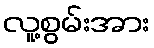
လူ့စွမ်းအား